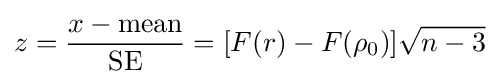
z={\frac {x-{\text{mean}}}{\text{SE}}}=[F(r)-F(\rho _{0})]{\sqrt {n-3}}